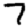
Digit: 7